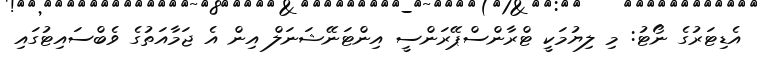
އެޑިޓަރުގެ ނޯޓު: މި ލިޔުމަކީ ޓްރާންސްޕޭރަންސީ އިންޓަނޭޝަނަލް އިން އެ ޖަމާއަތުގެ ވެބްސައިޓުގައި